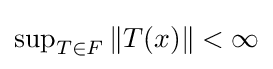
{\textstyle \sup _{T\in F}\|T(x)\|<\infty }